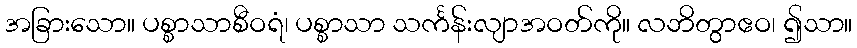
အခြားသော။ ပစ္စာသာစီဝရံ၊ ပစ္စာသာ သင်္ကန်းလျာအဝတ်ကို။ လဘိတွာဧဝ၊ ၍သာ။